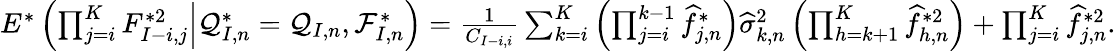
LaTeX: \begin{array}{r}{E^{*}\left(\prod_{j=i}^{K}F_{I-i,j}^{*2}\Big|\mathcal{Q}_{I,n}^{*}=\mathcal{Q}_{I,n},\mathcal{F}_{I,n}^{*}\right)=\frac{1}{C_{I-i,i}}\sum_{k=i}^{K}\left(\prod_{j=i}^{k-1}\widehat f_{j,n}^{*}\right)\widehat\sigma_{k,n}^{2}\left(\prod_{h=k+1}^{K}\widehat f_{h,n}^{*2}\right)+\prod_{j=i}^{K}\widehat f_{j,n}^{*2}.}\end{array}